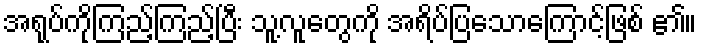
အရုပ်ကိုကြည့်ကြည့်ပြီး သူ့လူတွေကို အရိပ်ပြသောကြောင့်ဖြစ် ၏။